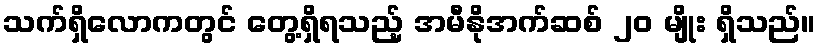
သက်ရှိလောကတွင် တွေ့ရှိရသည့် အမီနိုအက်ဆစ် ၂၀ မျိုး ရှိသည်။